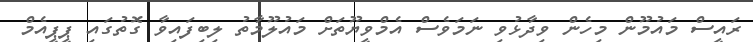
ރައީސް މައުމޫން މިހެން ވިދާޅުވި ނަމަވެސް އެމްވީޔޫތަށް މައުލޫމާތު ލިބިފައިވާ ގޮތުގައި ޕީޕީއެމް